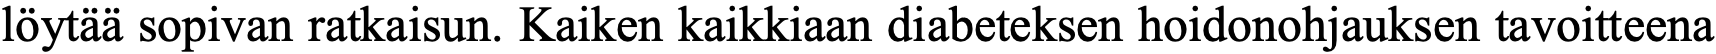
löytää sopivan ratkaisun. Kaiken kaikkiaan diabeteksen hoidonohjauksen tavoitteena